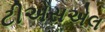
ટીએસએલ